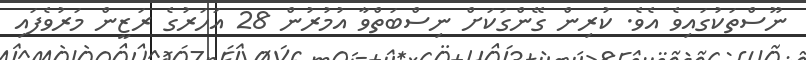
ނޫސްތަކުގައިވެ އެވެ. ކުރިން ގޭންގަކަށް ނިސްބަތްވާ އުމުރުން 28 އަހަރުގެ ރަޒީން މަރުވެފައި